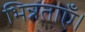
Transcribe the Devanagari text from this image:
भिन्नताएँ।